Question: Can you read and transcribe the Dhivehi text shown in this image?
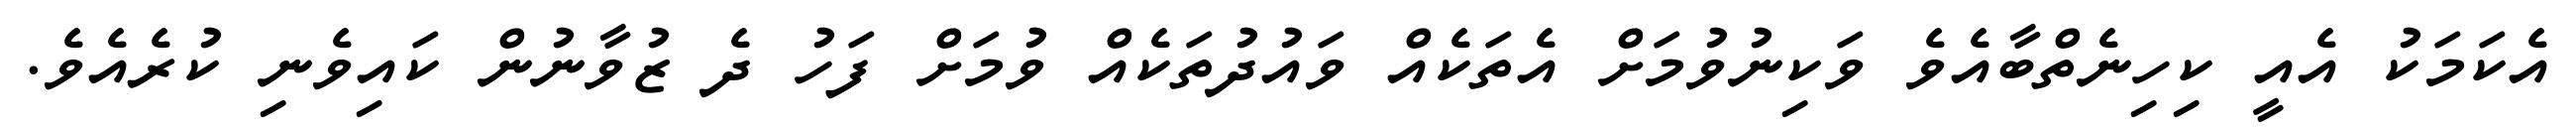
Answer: އެކަމަކު އެއީ ކިހިނެތްބާއެވެ ވަކިނުވުމަށް އެތަކެއް ވައުދުތަކެއް ވުމަށް ފަހު ދެ ޒުވާނުން ކައިވެނި ކުރެއެވެ.